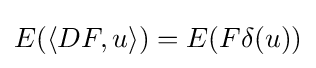
E(\langle DF,u\rangle )=E(F\delta (u))